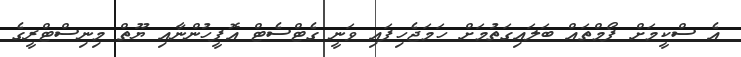
އެ ސްކީމަށް ފޯމްތައް ބަލައިގަތުމަށް ހަމަޖެހިފައި ވަނީ ގެޓްސެޓް އޮފީހުންނާއި ޔޫތް މިނިސްޓްރީގެ